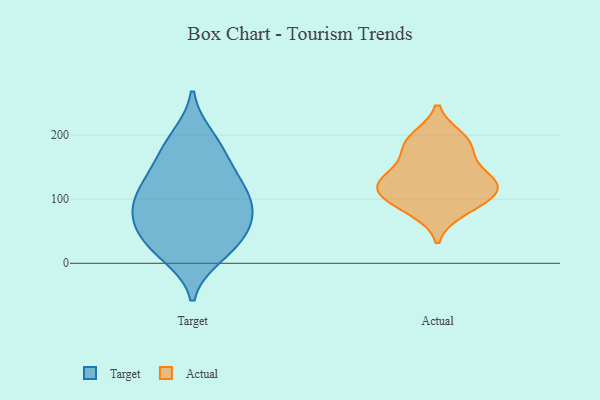
{"axis": {"x": "Waste Production (Tons)", "y": "Value"}, "legend": ["Actual", "Target"], "data": [{"x": "", "y": 76, "type": "Target"}, {"x": "", "y": 105, "type": "Target"}, {"x": "", "y": 160, "type": "Target"}, {"x": "", "y": 85, "type": "Target"}, {"x": "", "y": 185, "type": "Target"}, {"x": "", "y": 46, "type": "Target"}, {"x": "", "y": 24, "type": "Target"}, {"x": "", "y": 79, "type": "Target"}, {"x": "", "y": 60, "type": "Target"}, {"x": "", "y": 28, "type": "Target"}, {"x": "", "y": 108, "type": "Target"}, {"x": "", "y": 130, "type": "Target"}, {"x": "", "y": 13, "type": "Target"}, {"x": "", "y": 134, "type": "Target"}, {"x": "", "y": 197, "type": "Target"}, {"x": "", "y": 104, "type": "Actual"}, {"x": "", "y": 176, "type": "Actual"}, {"x": "", "y": 99, "type": "Actual"}, {"x": "", "y": 122, "type": "Actual"}, {"x": "", "y": 83, "type": "Actual"}, {"x": "", "y": 133, "type": "Actual"}, {"x": "", "y": 134, "type": "Actual"}, {"x": "", "y": 195, "type": "Actual"}, {"x": "", "y": 122, "type": "Actual"}, {"x": "", "y": 187, "type": "Actual"}]}